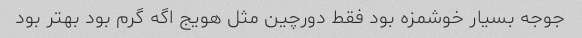
جوجه بسیار خوشمزه بود فقط دورچین مثل هویج اگه گرم بود بهتر بود